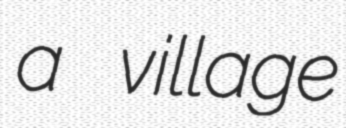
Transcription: a village